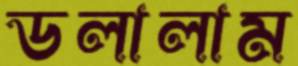
ডলালাম